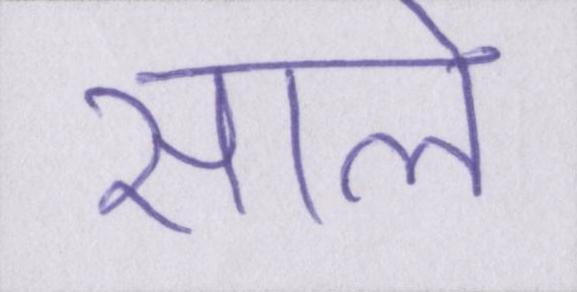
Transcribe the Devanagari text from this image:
साले